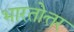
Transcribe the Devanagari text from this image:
भारतोत्तर